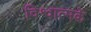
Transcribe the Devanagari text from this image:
विश्वात्मकें